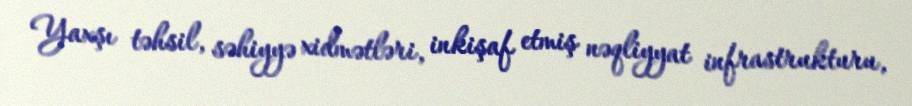
Yaxşı təhsil, səhiyyə xidmətləri, inkişaf etmiş nəqliyyat infrastrukturu,